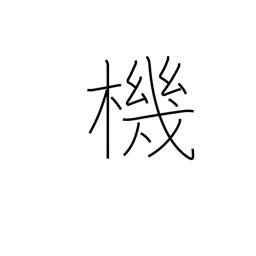
Meaning: loom